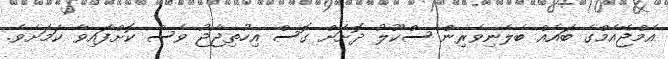
އެމްޖޭއެމްގެ ބައެއް ބެލެނިވެރިން ސްކޫލު ދޮށަށް ގޮސް އިހުތިޖާޖު ވެސް ކޮށްފައިވާ ކަމަށެވެ.